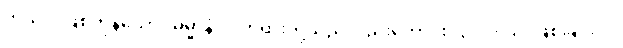
ကုသိုလ်ဖြစ်ကုန်သော။ ဓမ္မာနံဝါ၊ တရားတို့သည်လည်းကောင်း။ ဥပ္ပါဒါယ၊ ဖြစ်ခြင်းငှါ။